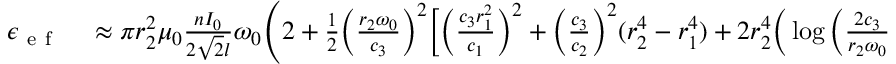
\begin{array} { r l } { \epsilon _ { \mathrm { ~ e ~ f ~ } } } & { { } \approx \pi r _ { 2 } ^ { 2 } \mu _ { 0 } \frac { n I _ { 0 } } { 2 \sqrt { 2 } l } \omega _ { 0 } \Bigg ( 2 + \frac { 1 } { 2 } \Big ( \frac { r _ { 2 } \omega _ { 0 } } { c _ { 3 } } \Big ) ^ { 2 } \Big [ \Big ( \frac { c _ { 3 } r _ { 1 } ^ { 2 } } { c _ { 1 } } \Big ) ^ { 2 } + \Big ( \frac { c _ { 3 } } { c _ { 2 } } \Big ) ^ { 2 } ( r _ { 2 } ^ { 4 } - r _ { 1 } ^ { 4 } ) + 2 r _ { 2 } ^ { 4 } \Big ( \log \Big ( \frac { 2 c _ { 3 } } { r _ { 2 } \omega _ { 0 } } \Big ) - \gamma _ { E u l e r } \Big ) \Big ] } \end{array}